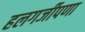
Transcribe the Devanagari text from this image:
हलगर्जीपणा